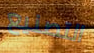
التصنيع